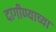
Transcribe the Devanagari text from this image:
दागीण्याच्या